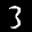
Label: 3